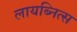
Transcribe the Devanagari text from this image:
लायब्नित्स